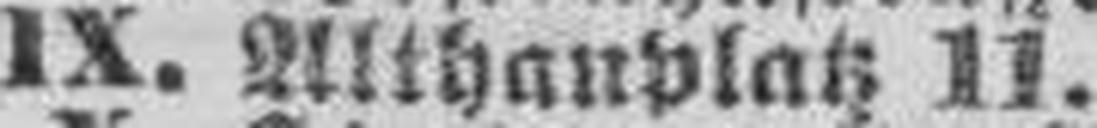
IX. Althauplatz 11.